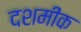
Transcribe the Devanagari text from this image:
दशमीक